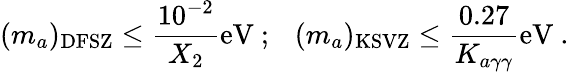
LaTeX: (m_{a})_{\mathrm{DFSZ}}\leq\frac{10^{-2}}{X_{2}}\mathrm{eV}~;~~~(m_{a})_{\mathrm{KSVZ}}\leq\frac{0.27}{K_{a\gamma\gamma}}\mathrm{eV}~.